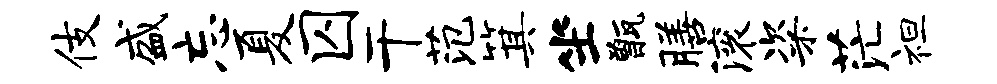
伎盛忘夏囚干范箕坐甑膳滚粢茫袒